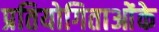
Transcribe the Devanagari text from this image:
प्रतियोगिताओंके